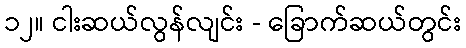
၁၂။ ငါးဆယ်လွန်လျင်း - ခြောက်ဆယ်တွင်း